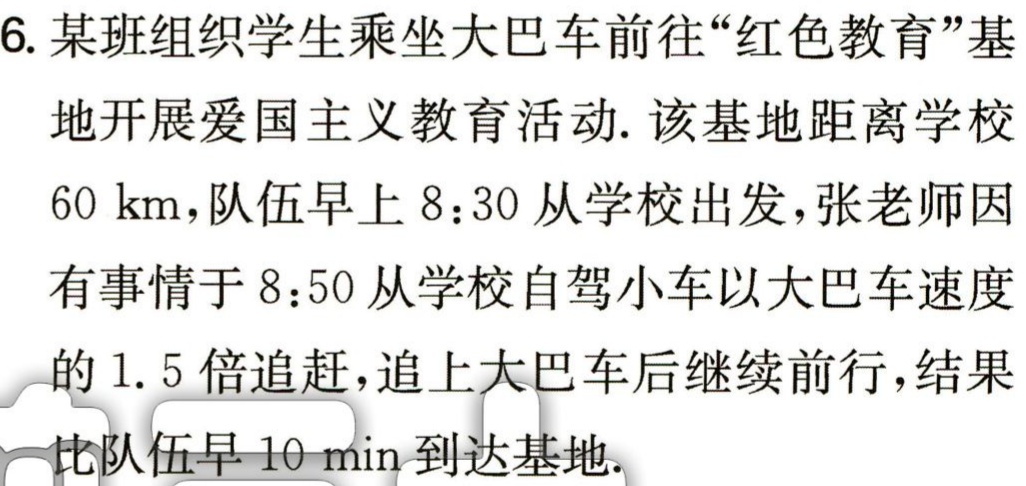
6. 某班组织学生乘坐大巴车前往“红色教育”基

地开展爱国主义教育活动. 该基地距离学校

$60\mathrm{km}$，队伍早上$8:30$从学校出发，张老师因

有事情于$8:50$从学校自驾小车以大巴车速度

的$1.5$倍追赶，追上大巴车后继续前行，结果

比队伍早$10\mathrm{min}$到达基地.